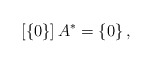
\begin{align*}\left[\left\{ 0\right\} \right]A^{*}=\left\{ 0\right\} ,\end{align*}